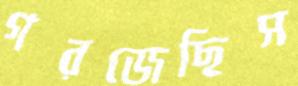
গরজেছিস